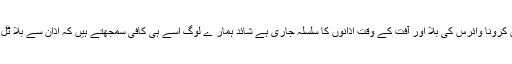
اب پھر اس کرونا وائرس کی بلا اور آفت کے وقت اذانوں کا سلسلہ جاری ہے شائد ہمار ے لوگ اسے ہی کافی سمجھتے ہیں کہ اذان سے بلا ٹل جائے گی۔